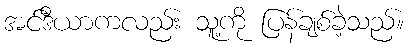
အင်ဒီယာကလည်း သူ့ကို ပြန်ချစ်ခဲ့သည်။